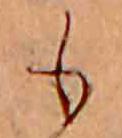
も